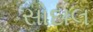
સોદાલ